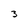
Character: 3